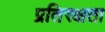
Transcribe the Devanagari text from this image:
प्रतिरक्षता